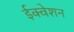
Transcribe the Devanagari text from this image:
ईक्वेशन